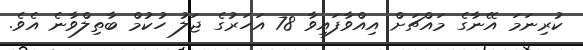
ކުރިނަމަ އޭނާގެ މައްޗަށް އިއްވާފައިވާ 78 އަހަރުގެ ޖަލު ހުކުމް ބާތިލްވާނެ އެވެ.